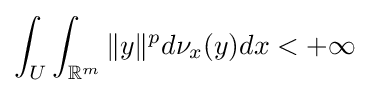
\int _{U}\int _{\mathbb {R} ^{m}}\|y\|^{p}d\nu _{x}(y)dx<+\infty